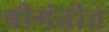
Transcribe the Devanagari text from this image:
श्रीमंतीत